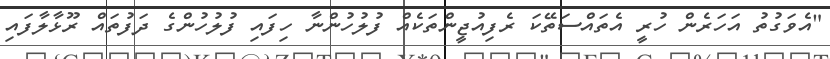
"އެވަގުތު އަހަރެން ހުރީ އެތައްސަތޭކަ ރެފިއުޖީންތަކެއް ފުލުހުންނާ ހިފައި ފުލުހުންގެ ދަފުތައް ރޫޅާލާފައި